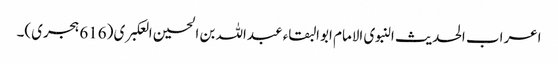
اعراب الحدیث النبوی الامام ابوالبقاء عبداللہ بن الحسین العکبری (616 ہجری)۔